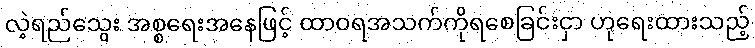
လဲ့ရည်သွေး အစ္စရေးအနေဖြင့် ထာဝရအသက်ကိုရစေခြင်းငှာ ဟုရေးထားသည့်